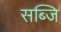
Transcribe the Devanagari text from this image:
सब्जि